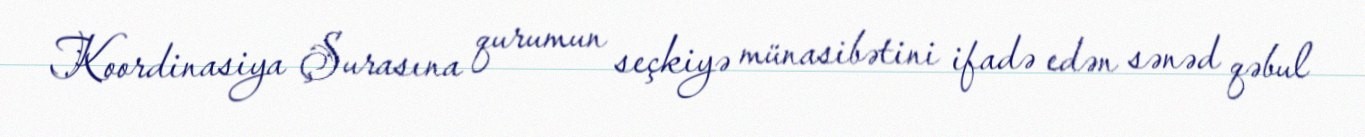
Koordinasiya Şurasına qurumun seçkiyə münasibətini ifadə edən sənəd qəbul